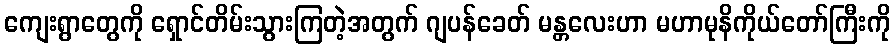
ကျေးရွာတွေကို ရှောင်တိမ်းသွားကြတဲ့အတွက် ဂျပန်ခေတ် မန္တလေးဟာ မဟာမုနိကိုယ်တော်ကြီးကို